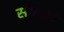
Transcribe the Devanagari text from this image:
संगनक